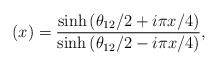
\begin{align*}(x)=\frac{\sinh\left(\theta_{12}/2 +i\pi x/4\right)}{\sinh\left(\theta_{12}/2 - i\pi x/4\right)}, \end{align*}